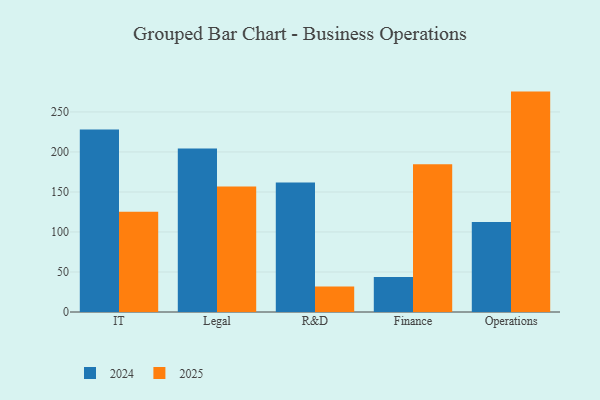
{"axis": {"x": "Department", "y": "Conversion Rate (%)"}, "legend": ["2024", "2025"], "data": [{"x": "IT", "y": 125.4, "type": "2025"}, {"x": "IT", "y": 228.1, "type": "2024"}, {"x": "Legal", "y": 156.9, "type": "2025"}, {"x": "Legal", "y": 204.3, "type": "2024"}, {"x": "R&D", "y": 31.9, "type": "2025"}, {"x": "R&D", "y": 161.9, "type": "2024"}, {"x": "Finance", "y": 184.5, "type": "2025"}, {"x": "Finance", "y": 43.7, "type": "2024"}, {"x": "Operations", "y": 275.4, "type": "2025"}, {"x": "Operations", "y": 112.6, "type": "2024"}]}